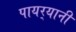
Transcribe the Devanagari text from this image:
पायर्‍यानी